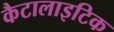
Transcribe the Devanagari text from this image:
कैटालाइटिक